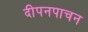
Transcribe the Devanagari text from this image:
दीपनपाचन